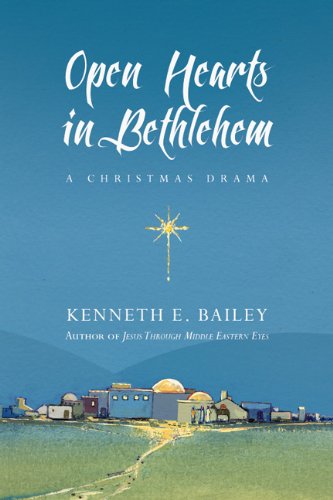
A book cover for Open Hearts in Bethlehem: A Christmas Drama (Open Hearts in Bethlehem Set); Kenneth E. Bailey; Literature & Fiction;